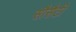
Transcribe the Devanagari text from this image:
सौसैटी